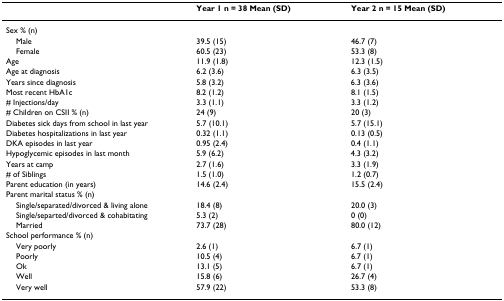
<table><thead><tr><td></td><td><b>Year 1 n = 38 Mean (SD)</b></td><td><b>Year 2 n = 15 Mean (SD)</b></td></tr></thead><tbody><tr><td>Sex % (n)</td><td></td><td></td></tr><tr><td> Male</td><td>39.5 (15)</td><td>46.7 (7)</td></tr><tr><td> Female</td><td>60.5 (23)</td><td>53.3 (8)</td></tr><tr><td>Age</td><td>11.9 (1.8)</td><td>12.3 (1.5)</td></tr><tr><td>Age at diagnosis</td><td>6.2 (3.6)</td><td>6.3 (3.5)</td></tr><tr><td>Years since diagnosis</td><td>5.8 (3.2)</td><td>6.3 (3.6)</td></tr><tr><td>Most recent HbA1c</td><td>8.2 (1.2)</td><td>8.1 (1.5)</td></tr><tr><td># Injections/day</td><td>3.3 (1.1)</td><td>3.3 (1.2)</td></tr><tr><td># Children on CSII % (n)</td><td>24 (9)</td><td>20 (3)</td></tr><tr><td>Diabetes sick days from school in last year</td><td>5.7 (10.1)</td><td>5.7 (15.1)</td></tr><tr><td>Diabetes hospitalizations in last year</td><td>0.32 (1.1)</td><td>0.13 (0.5)</td></tr><tr><td>DKA episodes in last year</td><td>0.95 (2.4)</td><td>0.4 (1.1)</td></tr><tr><td>Hypoglycemic episodes in last month</td><td>5.9 (6.2)</td><td>4.3 (3.2)</td></tr><tr><td>Years at camp</td><td>2.7 (1.6)</td><td>3.3 (1.9)</td></tr><tr><td># of Siblings</td><td>1.5 (1.0)</td><td>1.2 (0.7)</td></tr><tr><td>Parent education (in years)</td><td>14.6 (2.4)</td><td>15.5 (2.4)</td></tr><tr><td>Parent marital status % (n)</td><td></td><td></td></tr><tr><td> Single/separated/divorced &amp; living alone</td><td>18.4 (8)</td><td>20.0 (3)</td></tr><tr><td> Single/separted/divorced &amp; cohabitating</td><td>5.3 (2)</td><td>0 (0)</td></tr><tr><td> Married</td><td>73.7 (28)</td><td>80.0 (12)</td></tr><tr><td>School performance % (n)</td><td></td><td></td></tr><tr><td> Very poorly</td><td>2.6 (1)</td><td>6.7 (1)</td></tr><tr><td> Poorly</td><td>10.5 (4)</td><td>6.7 (1)</td></tr><tr><td> Ok</td><td>13.1 (5)</td><td>6.7 (1)</td></tr><tr><td> Well</td><td>15.8 (6)</td><td>26.7 (4)</td></tr><tr><td> Very well</td><td>57.9 (22)</td><td>53.3 (8)</td></tr></tbody></table>